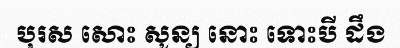
បុរស សោះ សូន្យ នោះ ទោះបី ដឹង